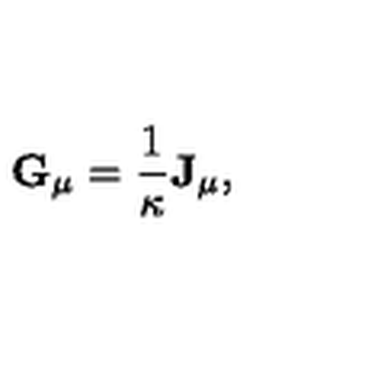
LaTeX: { \bf G } _ { \mu } = { \frac { 1 } { \kappa } } { \bf J } _ { \mu } ,